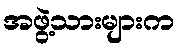
အဖွဲ့သားများက